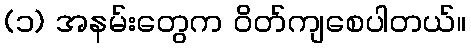
(၁) အနမ်းတွေက ဝိတ်ကျစေပါတယ်။